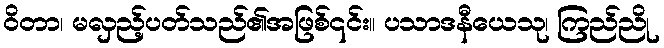
ဝိတာ၊ မလှည့်ပတ်သည်၏အဖြစ်၎င်း။ ပသာဒနီယေသု၊ ကြည်ညို